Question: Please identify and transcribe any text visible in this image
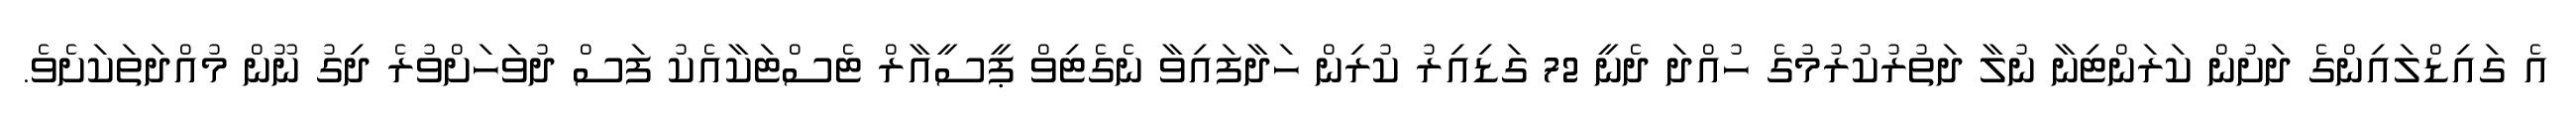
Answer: އެ ގައިޑްލައިންގެ ދަށުން ކަރަންޓިނާ ނުލާ ދަތުރުކުރުމުގެ ހުއްދަ ދެނީ 72 ގަޑިއިރު ކުރިން ހަދާފައިވާ ނެގެޓިވް ޕީސީއާރް ޓެސްޓަކާއެކު ފަސް ދުވަހަށްވުރެ ދިގު ނޫން މުއްދަތަކަށެވެ.